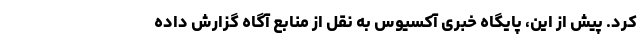
کرد. پیش از این، پایگاه خبری آکسیوس به نقل از منابع آگاه گزارش داده